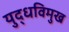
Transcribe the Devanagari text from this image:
युद्धविमुख